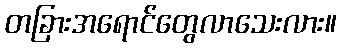
တခြားအရောင်တွေလာသေးလား။